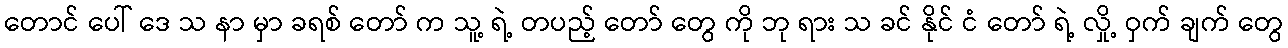
တောင် ပေါ် ဒေ သ နာ မှာ ခရစ် တော် က သူ့ ရဲ့ တပည့် တော် တွေ ကို ဘု ရား သ ခင် နိုင် ငံ တော် ရဲ့ လှို့ ဝှက် ချက် တွေ